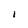
Character: I